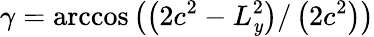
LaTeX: \gamma=\operatorname{arccos}\left(\left(2c^{2}-L_{\mathit{y}}^{2}\right)/\left(2c^{2}\right)\right)